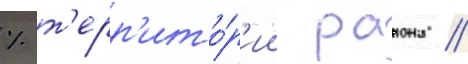
% т'ерр'ито́р'ии раиона //